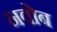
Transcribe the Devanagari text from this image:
नवोब